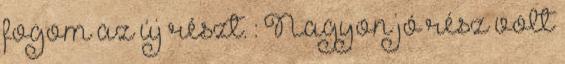
fogom az új részt. : Nagyon jó rész volt